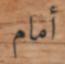
أمام